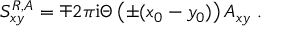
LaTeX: S _ { x y } ^ { R , A } = \mp 2 \pi { \mathrm i } \Theta \left( \pm ( x _ { 0 } - y _ { 0 } ) \right) { \cal A } _ { x y } \; .